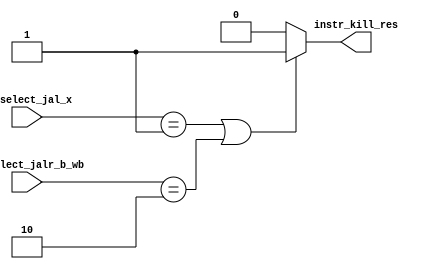
module instr_kill_unit(
    input [1:0] pc_select_jal_x,
    input [1:0] pc_select_jalr_b_wb,
    output instr_kill_res
);
    assign instr_kill_res = 
        ((pc_select_jal_x == 2'b01) || (pc_select_jalr_b_wb == 2'b10)) ? 1'b1 : 1'b0;
endmodule